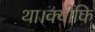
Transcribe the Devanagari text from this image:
था।क्योंकि